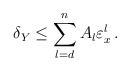
\begin{align*}\delta_Y& \leq \sum_{l=d}^n A_l \varepsilon_{x}^l\,.\end{align*}